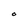
Character: t